Vaccination report Assam 1896-1927 - 1896-1927
Year: 1896
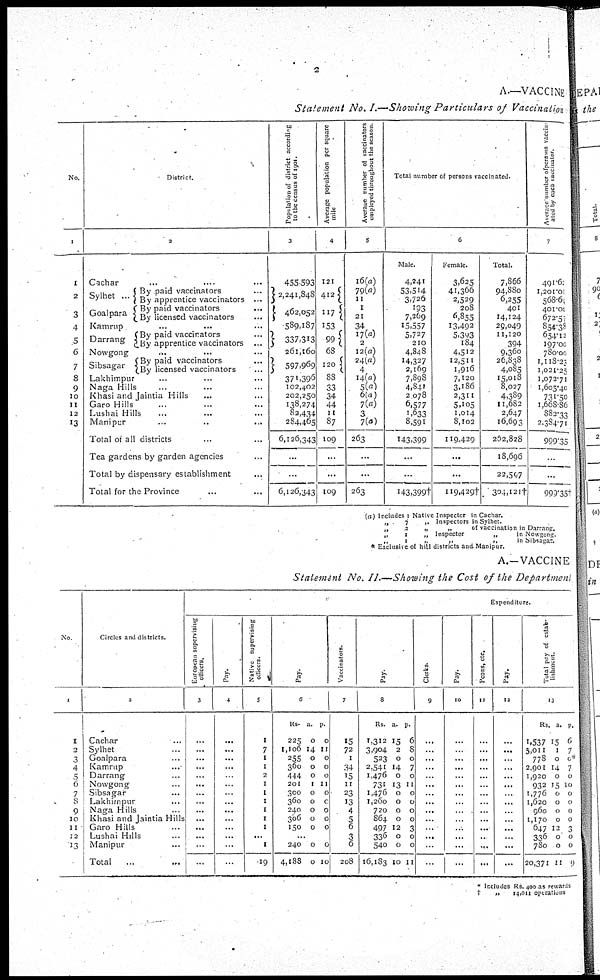
2
A.—VACCINE
Statement No. I.—Showing Particulars of Vaccination
No.
1
1
2
3
4
5
6
7
8
9
10
11
12
13
District.
2
Cachar ... ... ...
Sylhet ...
Goalpara
By paid vaccinators ...
By apprentice vaccinators ...
By paid vaccinators
...
By licensed vaccinators ...
Kamrup
...
...
...
Darrang
By paid vaccinators ...
By apprentice vaccinators ...
Nowgong
...
...
...
Sibsagar
By paid vaccinators ...
By licensed vaccinators
Lakhimpur ... ... ...
Naga Hills ... ... ...
Khasi and Jaintia Hills ... ...
Garo Hills ... ... ...
Lushai Hills ... ... ...
Manipur ... ... ...
Total of all districts ... ...
Tea gardens by garden agencies
Total by dispensary establishment ...
Total for the Province ... ...
Population of district according
to the census of 1901.
3
455.593
2,241,848
462,052
589,187
337,313
261,160
597,969
371,396
102,402
202,250
138,274
82,434
284,465
6,126,343
...
...
6,126,343
Average population per square
mile
4
121
412
117
153
99
68
120
88
33
34
44
11
87
109
...
...
109
Average number of vaccinators
employed throughout the season.
5
16(a)
79(a)
11
1
21
34
17(a)
2
12(a)
24(a)
4
14(a)
5(a)
6(a)
7(a)
3
7(a)
263
...
...
263
Total number of persons vaccinated.
6
Male.
4,241
53,514
3,726
193
7,269
15,557
5,727
210
4,848
14,327
2,169
7,898
4,841
2,078
6,577
1,633
8,591
143,399
...
...
143,399†
Female.
3,625
41,366
2,529
208
6,855
13,492
5,393
184
4,512
12,511
1,916
7,120
3,186
2,311
5,105
1,014
8,102
119,429
...
...
119,429†
Total.
7,866
94,880
6,255
401
14,124
29,049
11,120
394
9,360
26,838
4,085
15,018
8,027
4,389
11,682
2,647
16,693
262,828
18,696
22,507
304,121†
Average number of persons vaccin-
ated by each vaccinator.
7
491.62
1,201.01
568.61
401.00
672.57
854.38
654.12
197.00
780.00
1,118.23
1,021.25
1,072.71
1,605.40
731.50
1,668.86
882.33
2,384.71
999.35
...
...
999.35†
(a) Includes 1 Native Inspector in Cachar.
„
7
„ Inspectors in Sylhet.
„
2
„
„
of vaccination in Darrang.
„
1
„ Inspector
„
in Nowgong.
„
1
„
„
„
in Sibsagar.
* Exclusive of hill districts and Manipur.
A.—VACCINE
Statement No. II.—Showing the Cost of the Department
No.
1
1
2
3
4
5
6
7
8
9
10
11
12
13
Circles and districts.
2
Cachar ...
Sylhet ...
Goalpara ...
Kamrup ...
Darrang ...
Nowgong ...
Sibsagar ...
Lakhimpur ...
Naga Hills ...
Khasi and Jaintia Hills
Garo Hills ...
Lushai Hills ...
Manipur ...
Total ... ...
Expenditure.
European supervising
officers.
3
...
...
...
...
...
...
...
...
...
...
...
...
...
...
Pay.
4
...
...
...
...
...
...
...
...
...
...
...
...
...
...
Native supervising
officers.
5
1
7
1
1
2
1
1
1
1
1
1
...
1
19
Pay.
6
Rs.
225
1,106
225
360
444
201
300
360
240
306
150
a.
0
14
0
0
0
1
0
0
0
0
0
p.
0
11
0
0
0
11
0
0
0
0
0
...
240
4,188
0
0
0
10
Vaccinators.
7
15
72
1
34
15
11
23
13
4
5
6
3
6
208
Pay.
8
Rs.
1,312
3,904
523
2,541
1,476
731
1,476
1,260
720
864
497
336
540
16,183
a.
15
2
0
14
0
13
0
0
0
0
12
0
0
10
p.
6
8
0
7
0
11
0
0
0
0
3
0
0
11
Clerks.
9
...
...
...
...
...
...
...
...
...
...
...
...
...
...
Pay.
10
...
...
...
...
...
...
...
...
...
...
...
...
...
...
Peons, etc.
11
...
...
...
...
...
...
...
...
...
...
...
...
...
...
Pay.
12
...
...
...
...
...
...
...
...
...
...
...
...
...
...
Total pay of estab-
lishment.
13
Rs
1,537
5,011
778
2,901
1,920
932
1,776
1,620
960
1,170
647
336
780
20,371
a.
15
1
0
14
0
15
0
0
0
0
12
0
0
11
p.
6
7
0*
7
0
10
0
0
0
0
3
0
0
9
* Includes Rs. 400 as rewards
†
„
14,011 operations